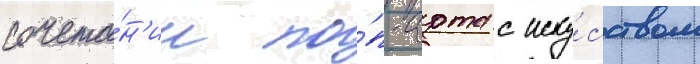
сочета́н'ии по́п-арта с иску́сством